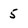
Character: 5